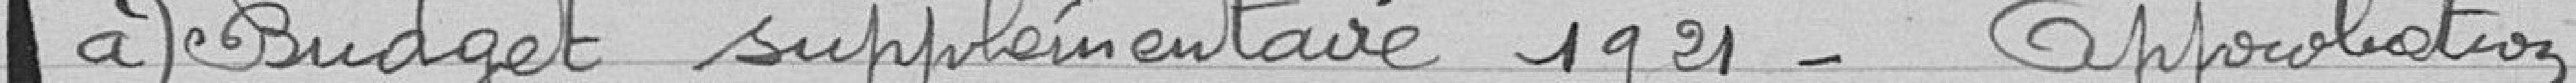
a) Budget supplémentaire 1921 - approbation